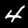
Digit: 4